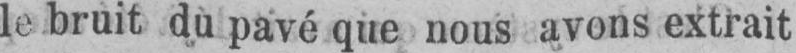
le bruit du pavé que nous avons extrait